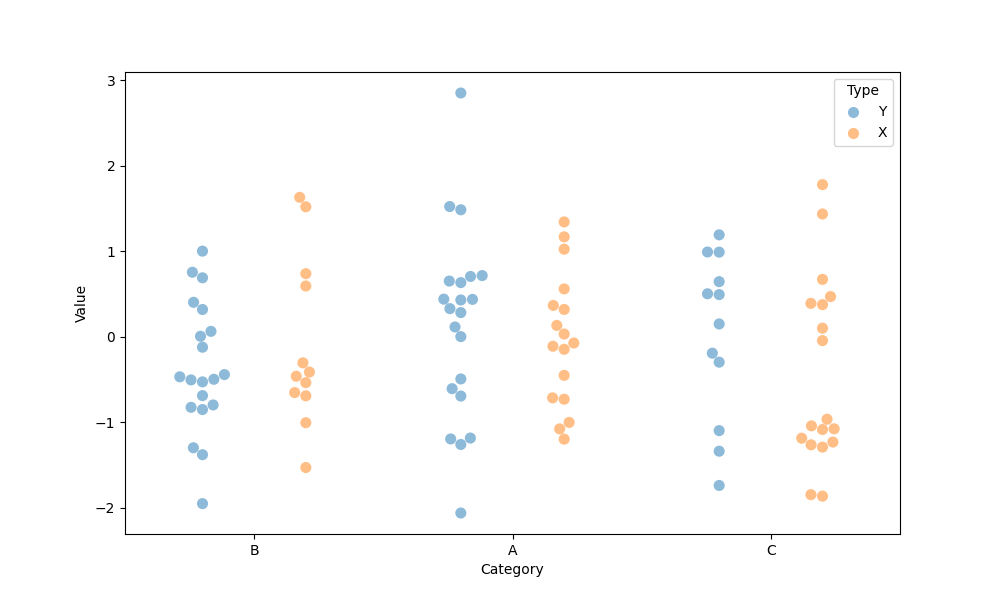
python, seaborn, swarmplot, dodge=True, alpha=0.5, size=8